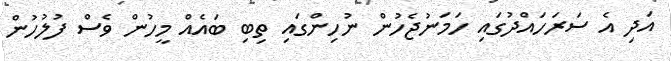
އަދި އެ ސަރަހައްދުގައި ހަމަނުޖެހުން ނުހިންގައި ތިބި ބައެއް މީހުން ވެސް ފުލުހުން